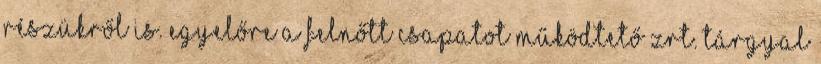
részükről is. Egyelőre a felnőtt csapatot működtető zrt. tárgyal